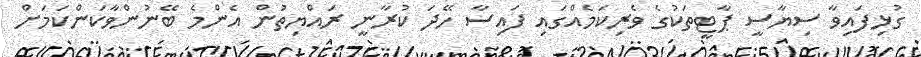
ގުޅިފައިވާ ސިޔާސީ ޕާޓީތަކުގެ ވެރިކަމެއްގައި ފައިސާ ހޭދަ ކުރާނީ ރައްޔިތުން އެންމެ ބޭނުންވާކަންކަމަށް